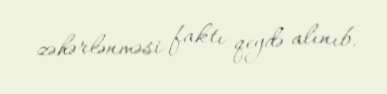
zəhərlənməsi faktı qeydə alınıb.